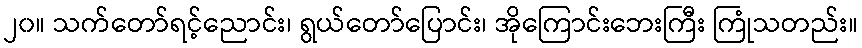
၂၀။ သက်တော်ရင့်ညောင်း၊ ရွယ်တော်ပြောင်း၊ အိုကြောင်းဘေးကြီး ကြုံသတည်း။